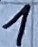
Text: 1